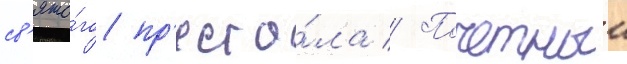
св'ято́го пр'есто́ла // Почетныи